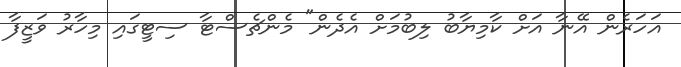
އަހަރެން އޭނާ އަށް ކާމިޔާބު ލިބުމަށް އެދެން" މެންޗެސްޓާ ސިޓީގައި މިހާރު ވަޒީފާ